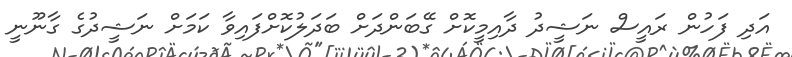
އަދި ފަހުން ރައީސް ނަޝީދު ދާއިމީކޮށް ގޭބަންދަށް ބަދަލުކޮށްފައިވާ ކަމަށް ނަޝީދުގެ ގާނޫނީ